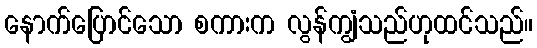
နောက်ပြောင်သော စကားက လွန်ကျွံသည်ဟုထင်သည်။